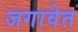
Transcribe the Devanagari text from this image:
जगावेत